65_HS1-834228961_62-HQ-83894_Section_5
Agency: FBI
Page 140
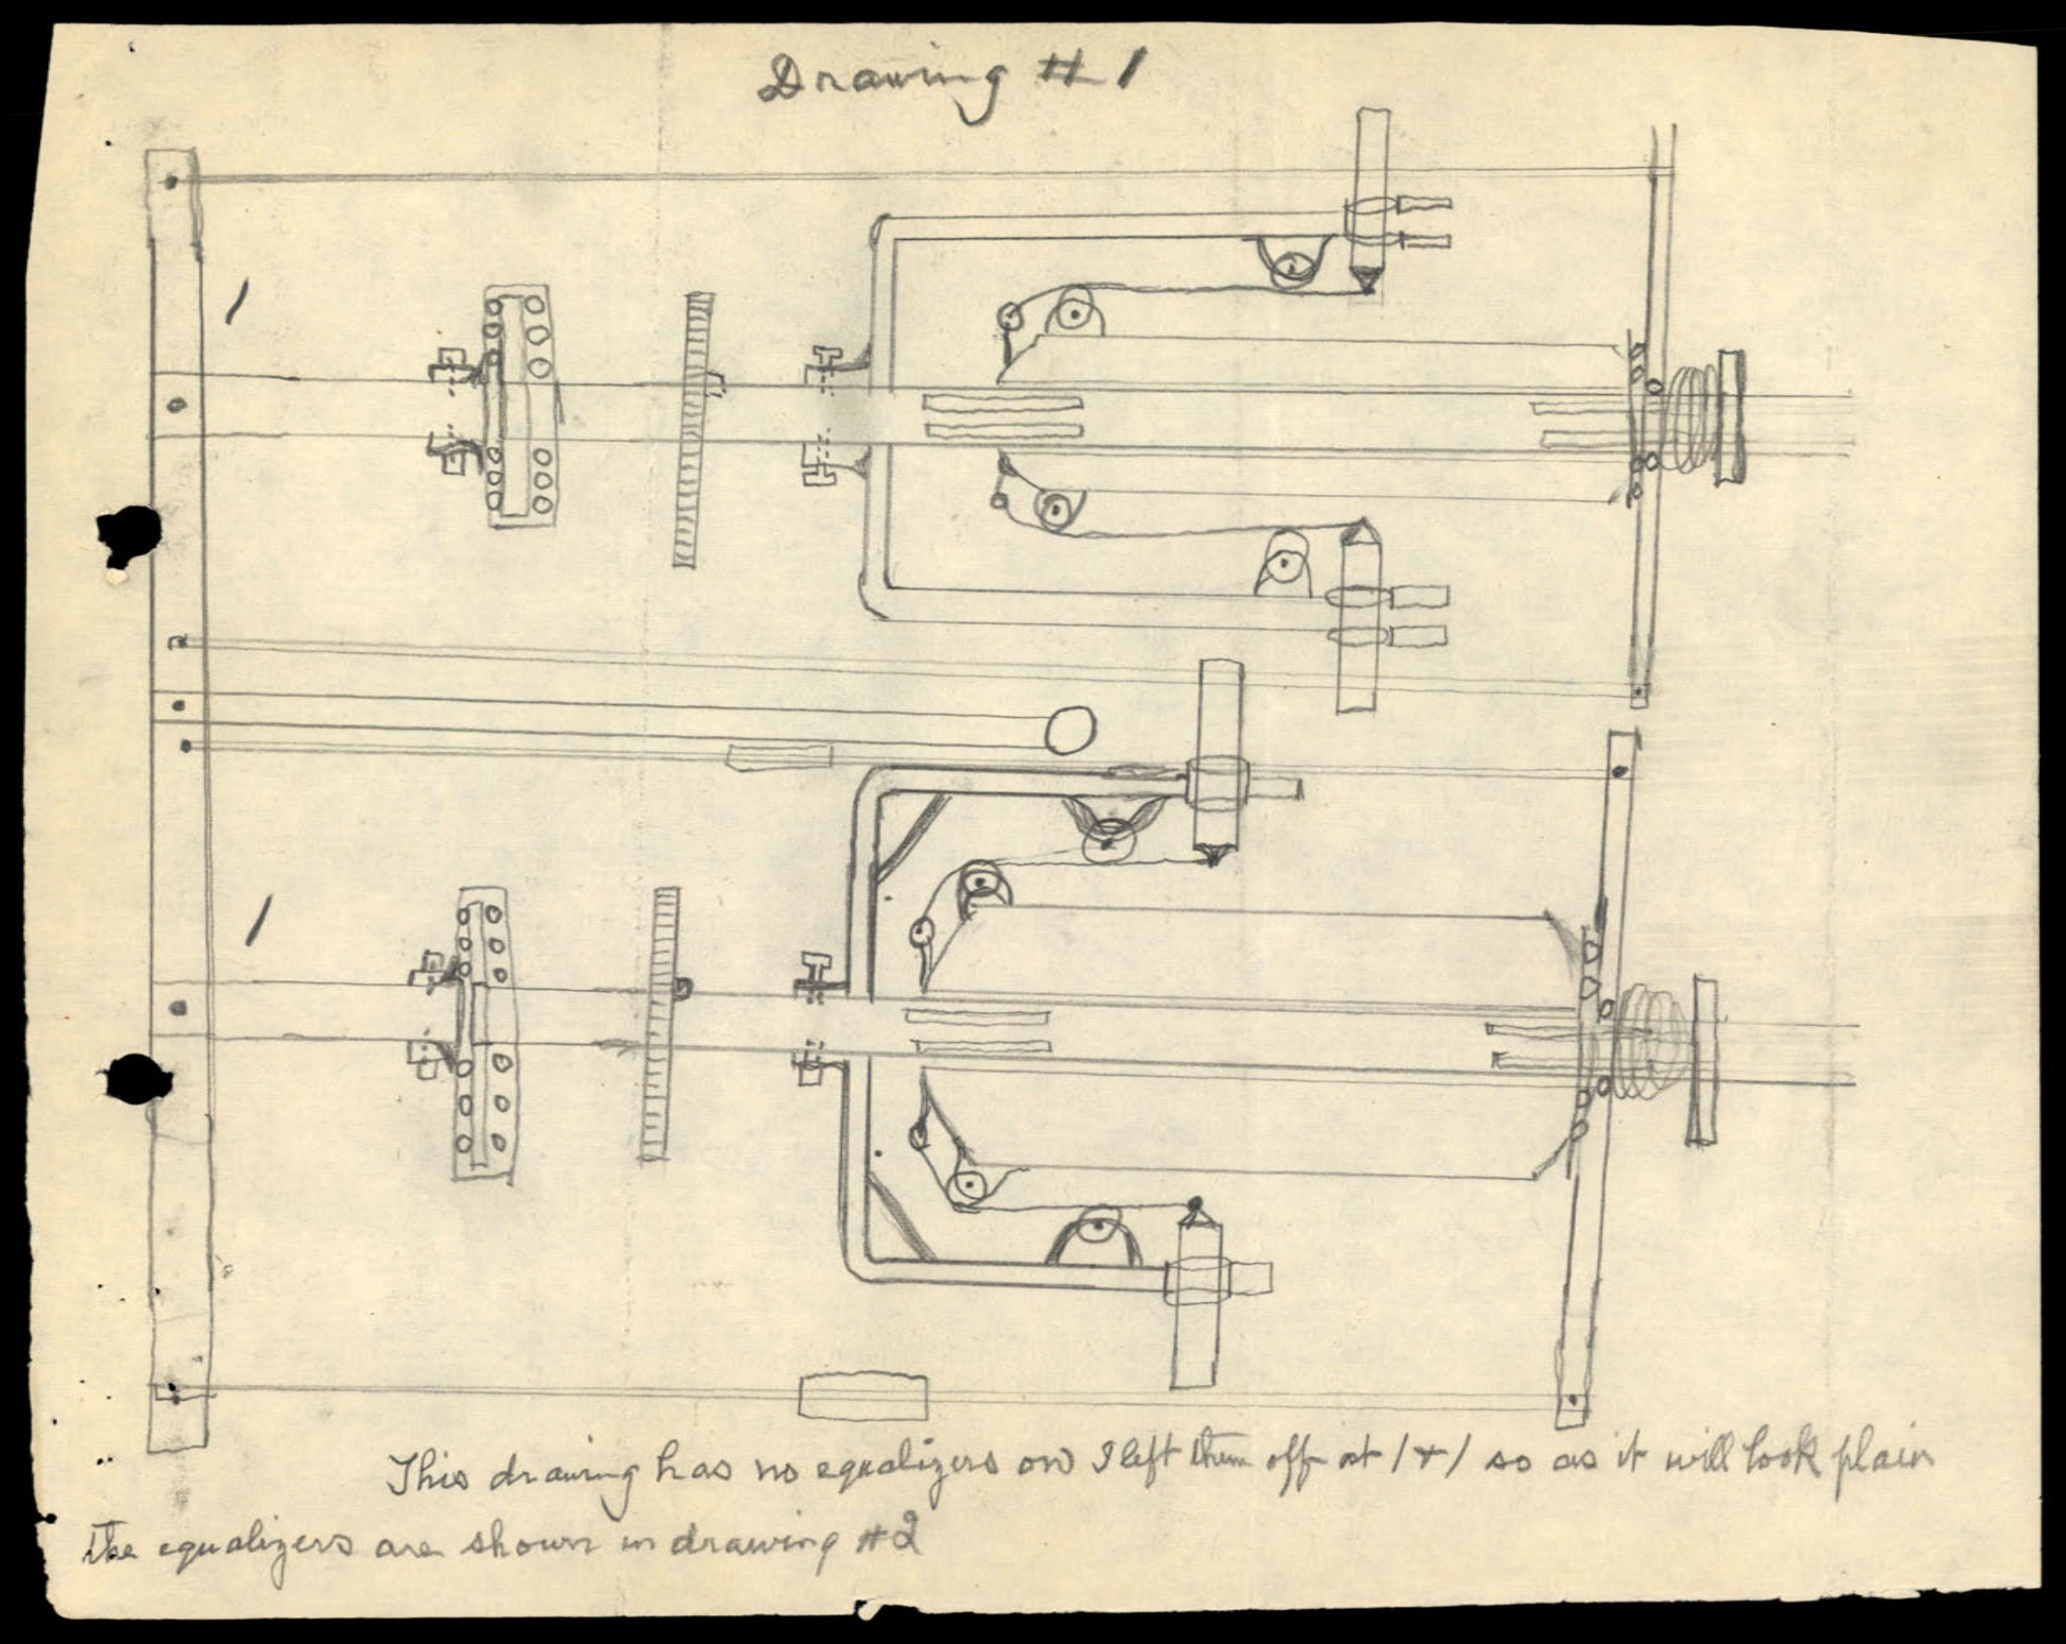